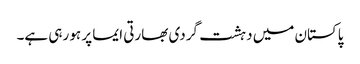
پاکستان میں دہشت گردی بھارتی ایما پر ہو رہی ہے۔